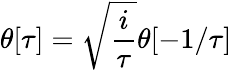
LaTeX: \theta[\tau]=\sqrt{\frac{i}{\tau}}\theta[-1/\tau]